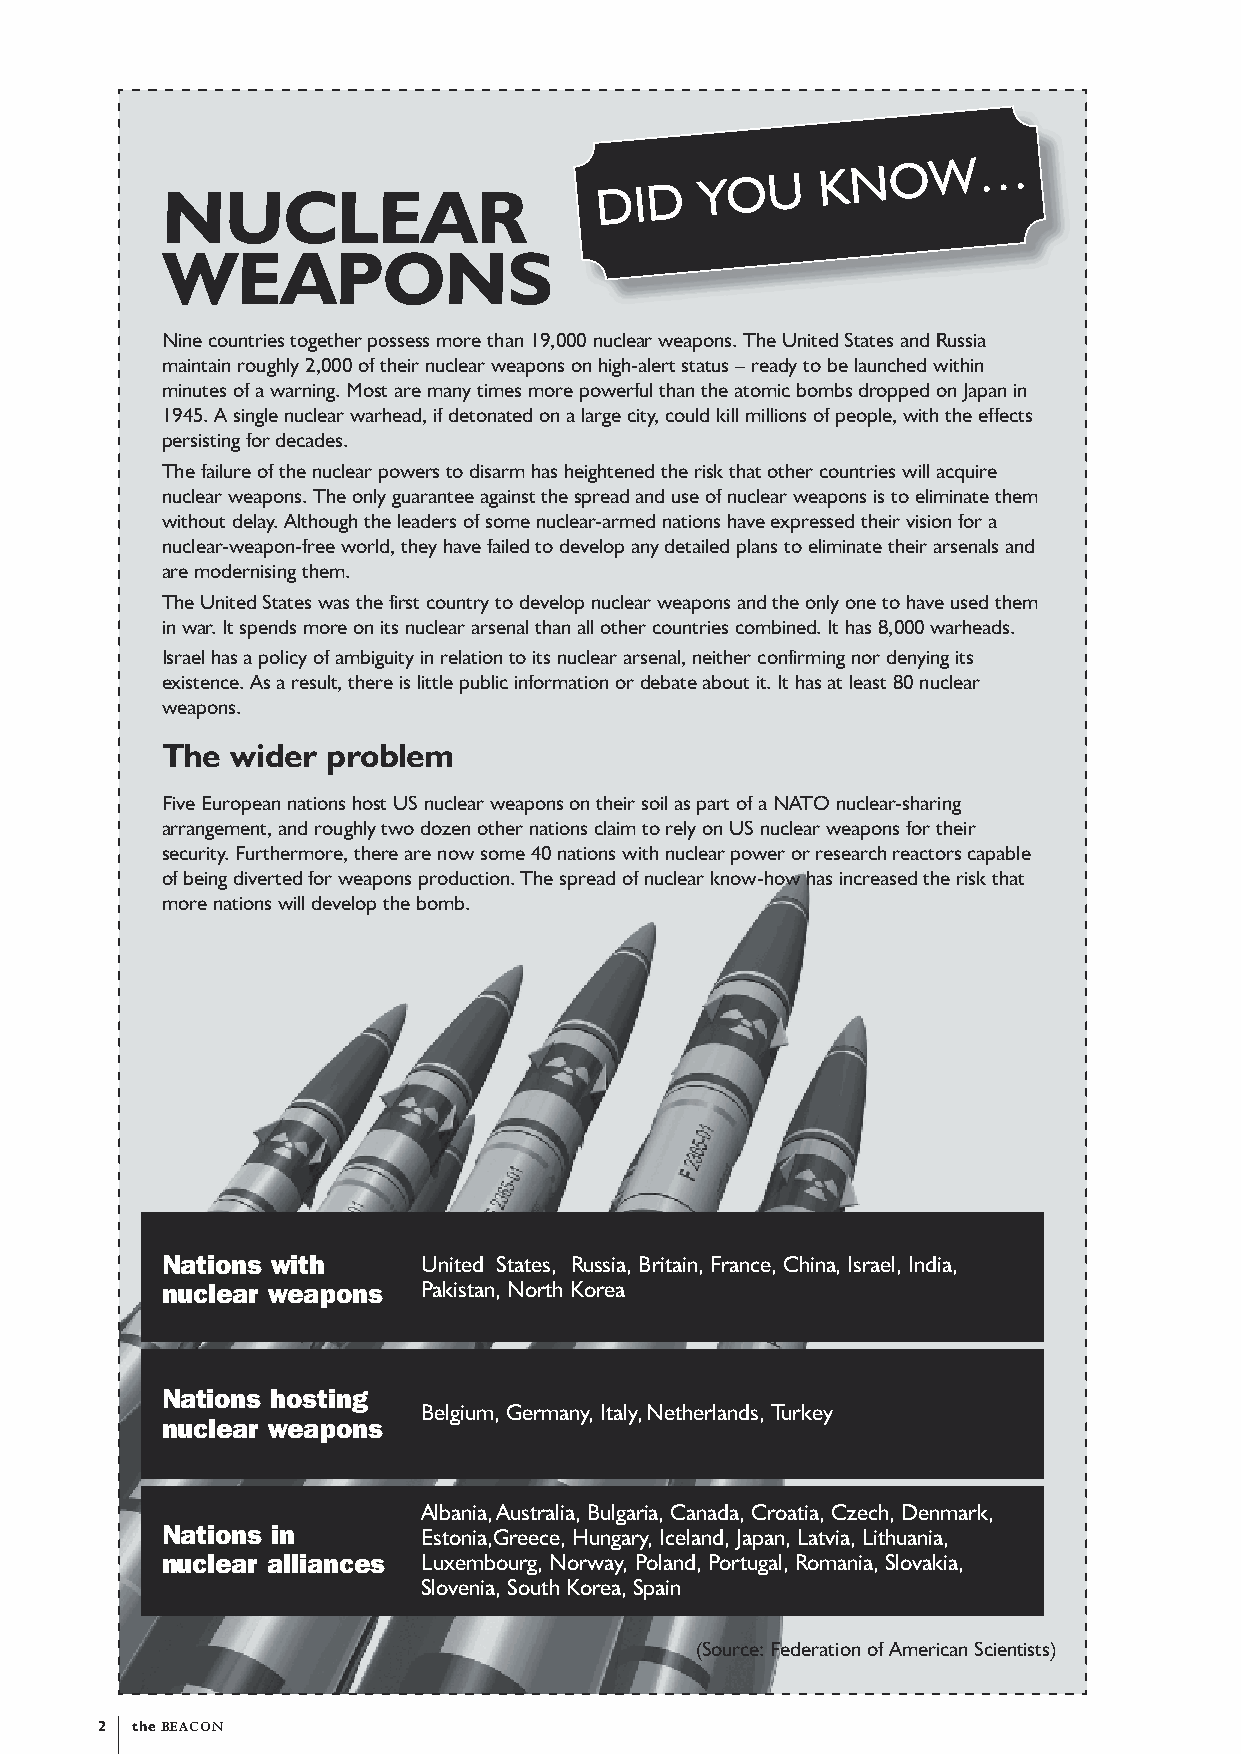
NUCLEAR
 DID
 YOU
 KNOW…
 WEAPONS
 Nine countries together possess more than 19,000 nuclear weapons. The United States and Russia
 maintain roughly 2,000 of their nuclear weapons on high-alert status – ready to be launched within
 minutes of a warning. Most are many times more powerful than the atomic bombs dropped on Japan in
 1945. A single nuclear warhead, if detonated on a large city, could kill millions of people, with the effects
 persisting for decades.
 The failure of the nuclear powers to disarm has heightened the risk that other countries will acquire
 nuclear weapons. The only guarantee against the spread and use of nuclear weapons is to eliminate them
 without delay. Although the leaders of some nuclear-armed nations have expressed their vision for a
 nuclear-weapon-free world, they have failed to develop any detailed plans to eliminate their arsenals and
 are modernising them.
 The United States was the first country to develop nuclear weapons and the only one to have used them
 in war. It spends more on its nuclear arsenal than all other countries combined. It has 8,000 warheads.
 Israel has a policy of ambiguity in relation to its nuclear arsenal, neither confirming nor denying its
 existence. As a result, there is little public information or debate about it. It has at least 80 nuclear
 weapons.
 The wider  problem
 Five European nations host US nuclear weapons on their soil as part of a NATO nuclear-sharing
 arrangement, and roughly two dozen other nations claim to rely on US nuclear weapons for their
 security. Furthermore, there are now some 40 nations with nuclear power or research reactors capable
 of being diverted for weapons production. The spread of nuclear know-how has increased the risk that
 more nations will develop the bomb.
 Nations with     United States, Russia, Britain, France, China, Israel, India,
 nuclear weapons  Pakistan, North Korea
 Nations hosting
 Belgium, Germany, Italy, Netherlands, Turkey
 nuclear weapons
 Albania, Australia, Bulgaria, Canada, Croatia, Czech, Denmark,
 Nations in       Estonia,Greece, Hungary, Iceland, Japan, Latvia, Lithuania,
 nuclear alliances Luxembourg, Norway, Poland, Portugal, Romania, Slovakia,
 Slovenia, South Korea, Spain
 (Source: Federation of American Scientists)
 2 the BEACON